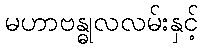
မဟာဗန္ဓုလလမ်းနှင့်